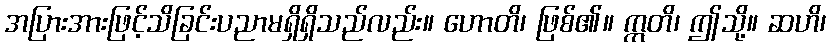
အပြားအားဖြင့်သိခြင်းပညာမရှိရှိသည်လည်း။ ဟောတိ၊ ဖြစ်၏။ ဣတိ၊ ဤသို့။ ဆဟိ၊